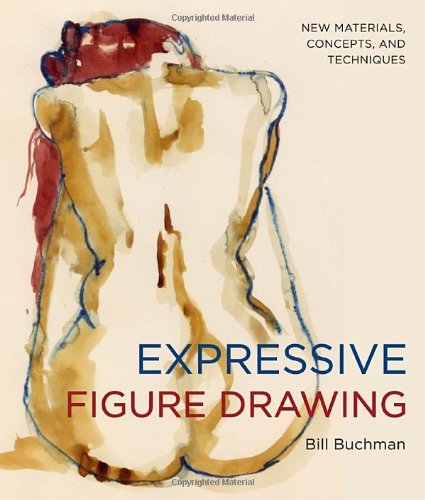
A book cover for Expressive Figure Drawing: New Materials, Concepts, and Techniques; Bill Buchman; Arts & Photography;